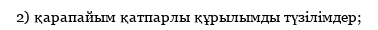
2) қарапайым қатпарлы құрылымды түзілімдер;